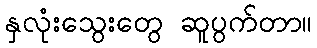
နှလုံးသွေးတွေ ဆူပွက်တာ။